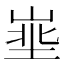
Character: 𪨽